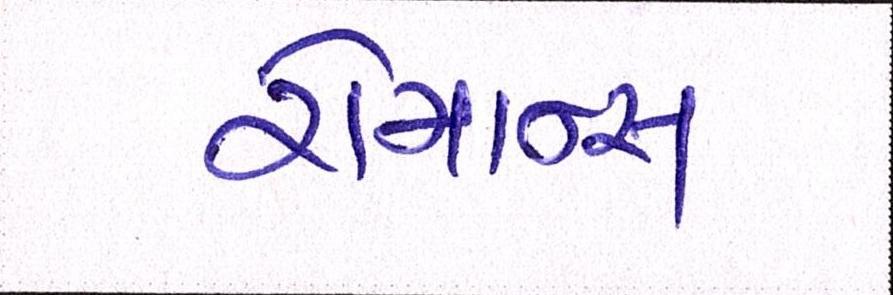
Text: રોમાન્સ